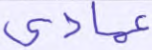
عمادي